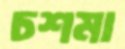
চশমা